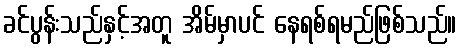
ခင်ပွန်းသည်နှင့်အတူ အိမ်မှာပင် နေရစ်ရမည်ဖြစ်သည်။